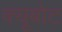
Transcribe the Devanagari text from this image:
क्यूबोट